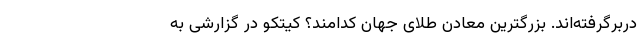
دربرگرفته‌اند. بزرگترین معادن طلای جهان کدامند؟ کیتکو در گزارشی به